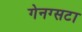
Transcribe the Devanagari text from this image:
गेनग्सटा